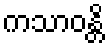
ကသာဝန္တိ